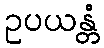
ဥပယန္တံ